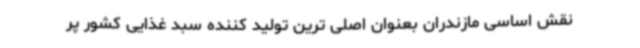
نقش اساسی مازندران بعنوان اصلی ترین تولید کننده سبد غذایی کشور پر